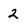
Character: 2